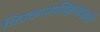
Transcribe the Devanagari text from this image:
चित्रकलाशिक्षणासाठी